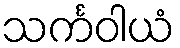
သင်္ကဝါယံ